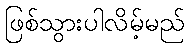
ဖြစ်သွားပါလိမ့်မည်